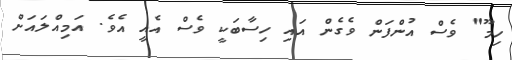
ހިމޫ" ވެސް އުންފަން ވެގެން އައި ހިސާބަކީ ވެސް އެއީ އެވެ. އަމިއްލައަށް